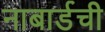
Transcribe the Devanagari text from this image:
नाबार्डची